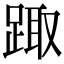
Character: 踙